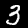
Label: 3